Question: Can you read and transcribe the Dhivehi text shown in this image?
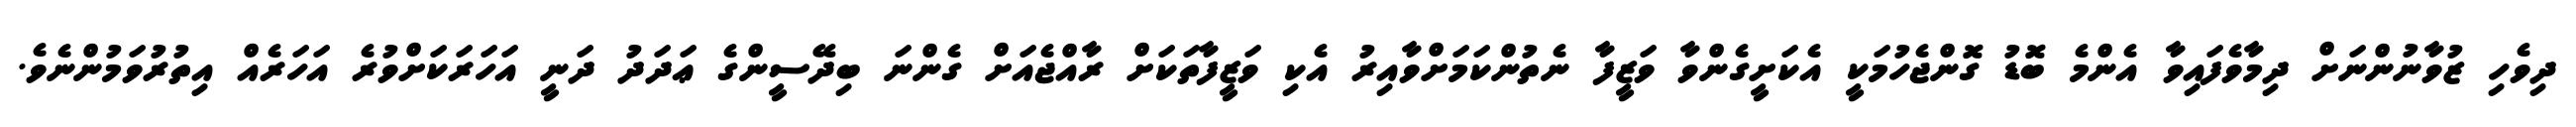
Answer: ދިވެހި ޒުވާނުންނަށް ދިމާވެފައިވާ އެންމެ ބޮޑު ގޮންޖެހުމަކީ އެކަށީގެންވާ ވަޒީފާ ނެތުންކަމަށްވާއިރު އެކި ވަޒީފާތަކަށް ރާއްޖެއަށް ގެންނަ ބިދޭސީންގެ ޢަދަދު ދަނީ އަހަރަކަށްވުރެ އަހަރެއް އިތުރުވަމުންނެވެ.